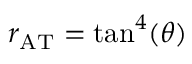
r _ { \mathrm { A T } } = \tan ^ { 4 } ( \theta )